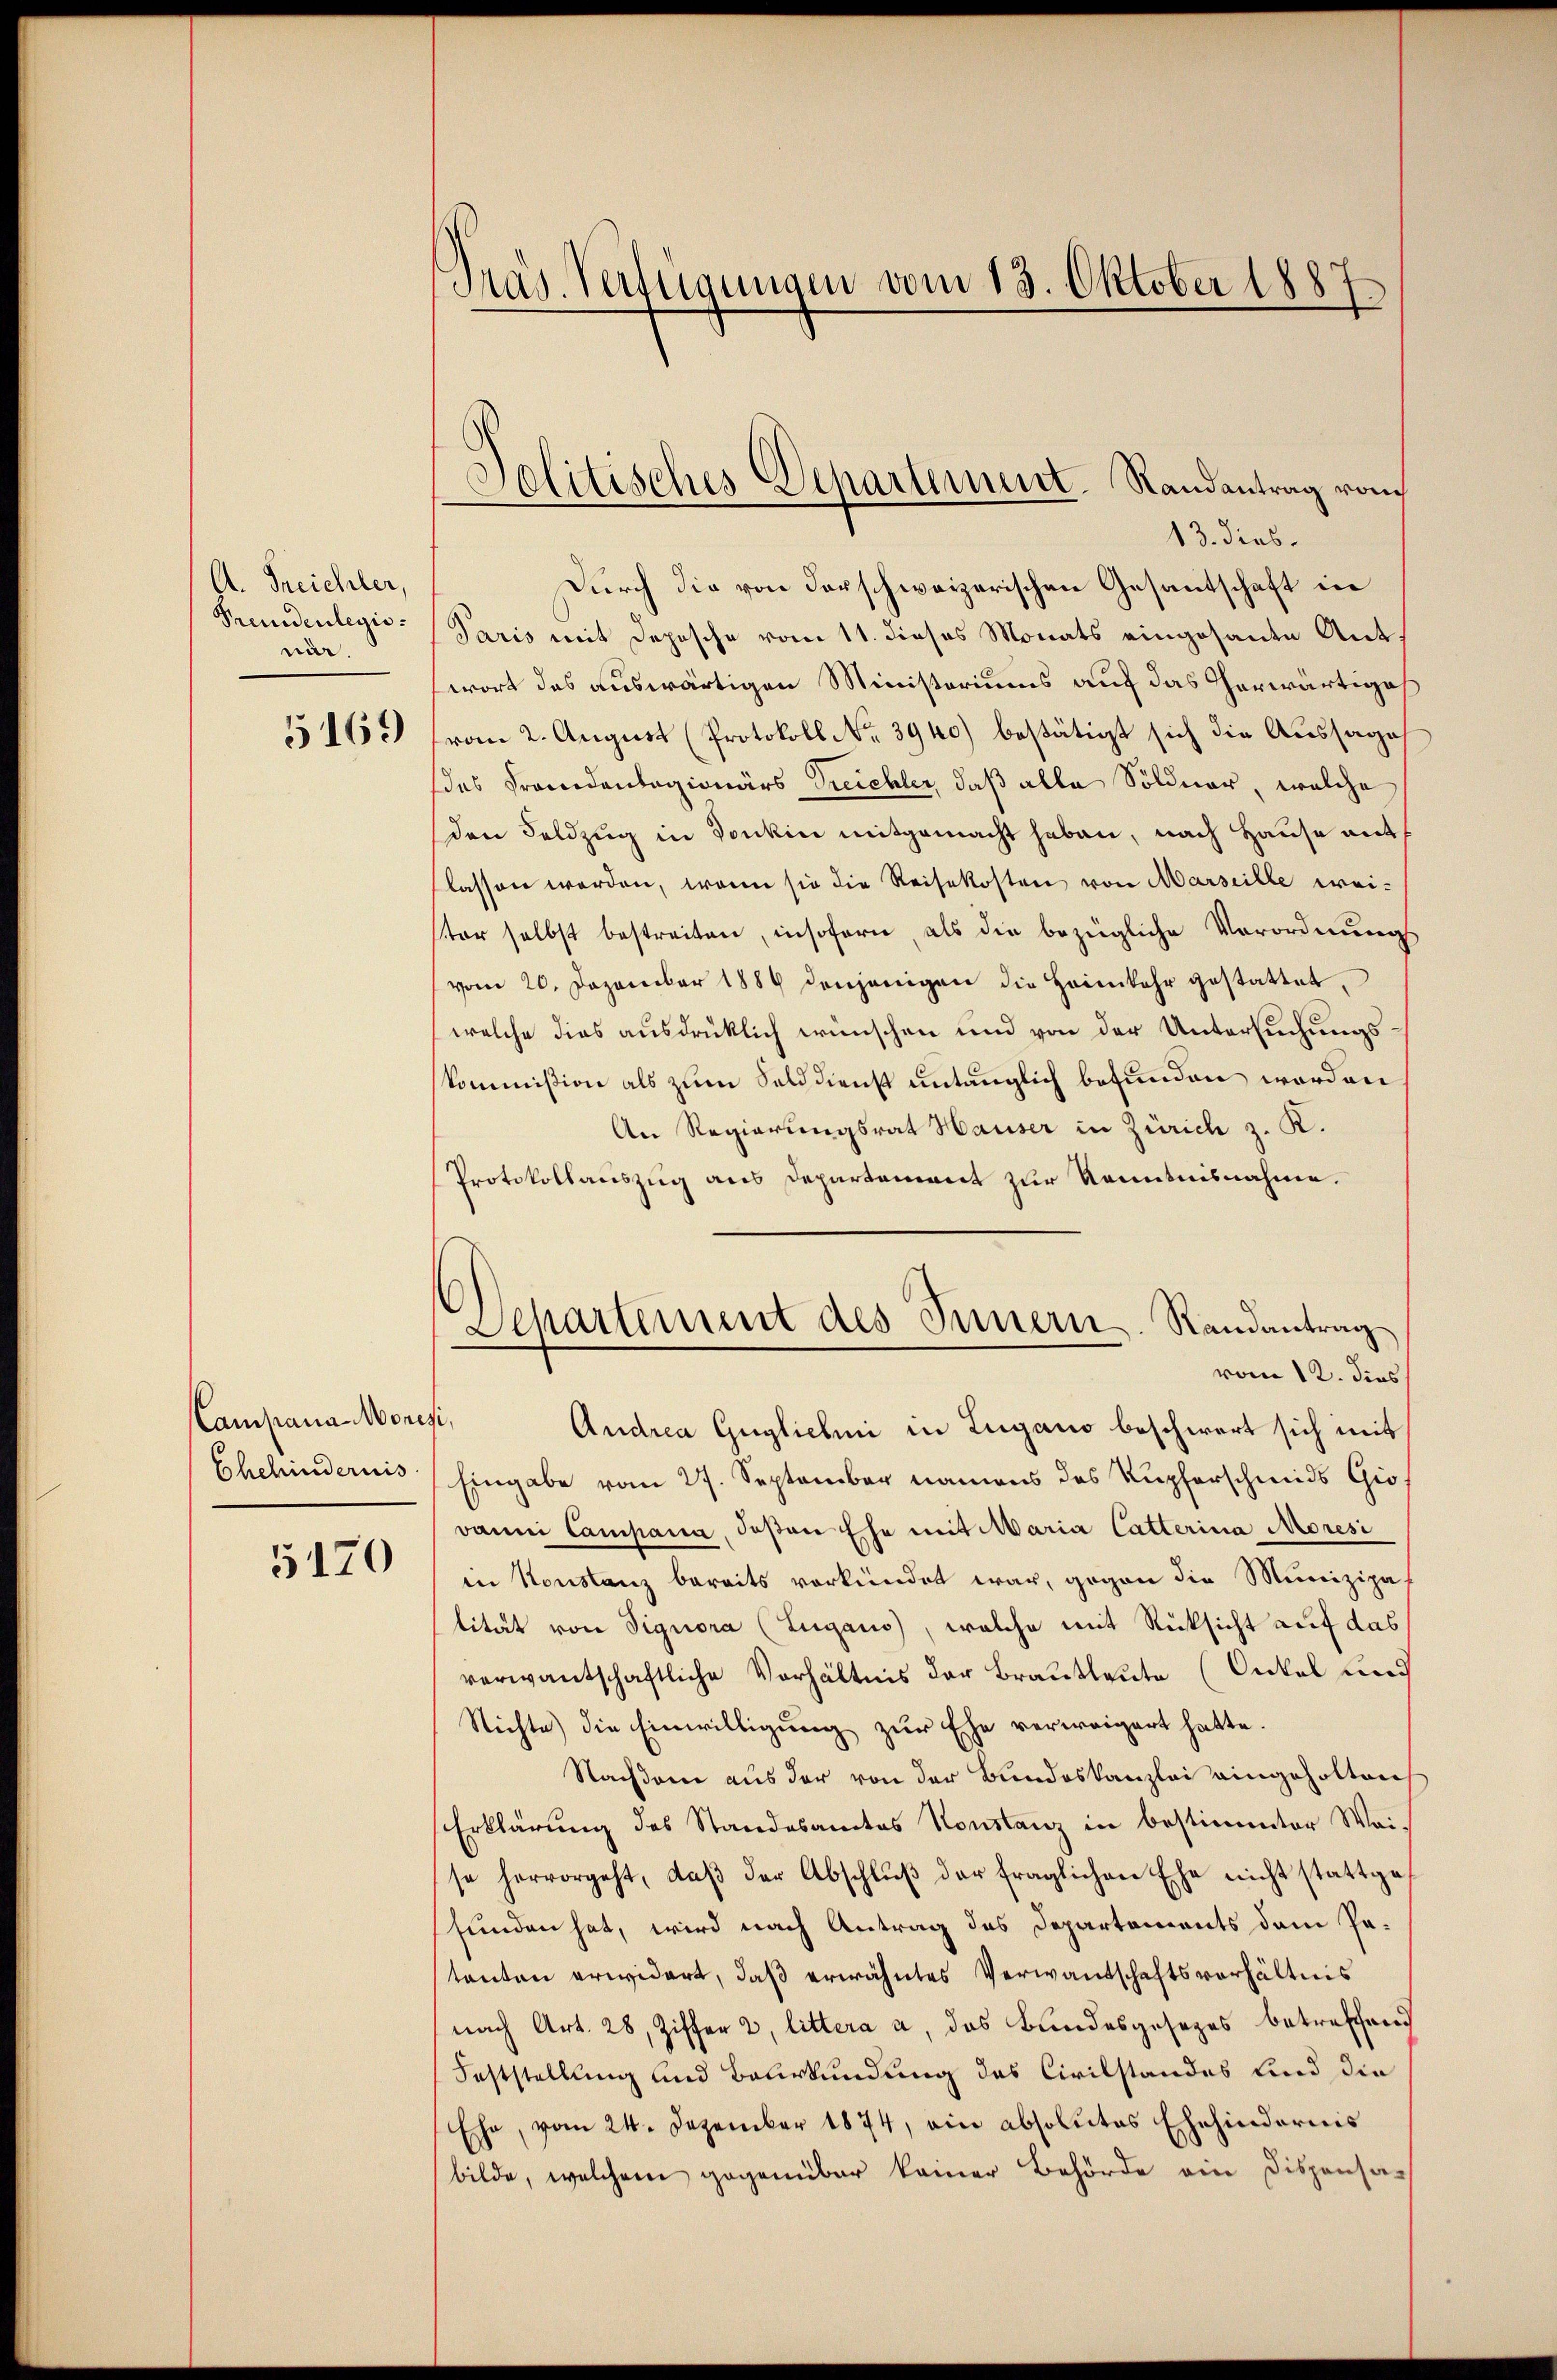
Al. Treichler,
Freudenlegio
när.

5169

Campana Moresi,
Ehehindernis

5170

Präs. Verfügungen vom 13. Oktober 1887

Politisches Departement. Randantrag vom

13. dies.
Durch die von darschweizerischen Gesantschaft in
Paris mit Depesche vom 11. dieses Monats eingesante Ant
wort des auswärtigen Ministeriums auf das herwärtiges
vom 2. August (Protokoll No 3940) bestätigt sich die Aussage
des Prandantagionärs Treichler, daß alle Söldner, welche
den Feldzug in Sonkin mitgemacht haben, nach Hause mit
lassen worden, wenn sie die Reisekosten von Marseille wei-
ster selbst bestreiten, insofern als die bezügliche Verordnung
vom 20. Dezember 1889 denjenigen die Heimkehr gestattet.
welche dies ausdrücklich wünschen und von der Untersuchungskommißion als zum Selddienst untänglich befunden worden
An Regierungsrat Hauser in Zürich z. K.
Protokollauszug aus Departement zur Kenntnisnahme.
Departement des Innern. Randantrag
vom 12. dies
Andrea Guglichi in Lugano beschwert sich mit
Eingabe vom 27. September namens das Kupferschmids Gio
damni Campana, deßen Ehe mit Maria Catterina Moresi
in Konstanz bereits verkündet war, gegen die Munizipal
lität von Signora (Lugano, welche mit Rücksicht auf das
verwantschaftliche Verhältnis der Brautleute (Onkel und
Richte) die Einwilligung zur Ehe verweigert hatte.
Nachdem aus der von der Bundeskanzlei eingeholten
Erklärung des Standesamtes Konstanz in bestimmter Wei-
se hervorgeht, daβ der Abschlŭβ der fraglichen Ehe nicht stattge-
funden hat, wird nach Antrag des Departements dem Petanten erwidert, daß erwähntes Verwandschaftsverhältnis
nach Art. 28, Ziffer 2, littera a, das Bundesgesezes betreffend
Feststellung und Beurkundung des Civilstandes sind die
Ehe, vom 24. Dezember 1874, ein absolutes Ehehindernis
bilde, welchem gegenüber keiner Behörde ein Disponsa¬